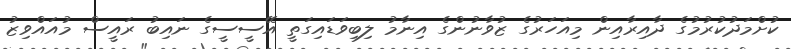
ކުށްމަދުކުރުމުގެ ދާއިރާއިން މިއަހަރުގެ ޒުވާނުންގެ އިނާމު ލިބިވަޑައިގަތީ އޭސީސީގެ ނައިބު ރައީސް މުއައްވިޒު